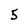
Character: 5